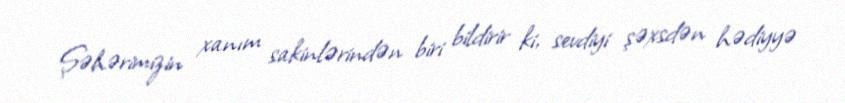
Şəhərimizin xanım sakinlərindən biri bildirir ki, sevdiyi şəxsdən hədiyyə